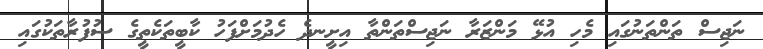
ނަޖިސް ތަންތަނުގައި މެހި އުޅޭ މަންޒަރާ ނަޖިސްތަންތާ އިށީނދެ ހެދުމަށްފަހު ކާބީތަކެތީގެ ސުފުރާތަކުގައި